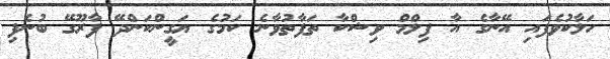
ހަލާކުވެފައި އޭނާގެ އާ ފިލްމް ވިޝްކާ ތަފާތުވާނެ ކަމުގެ ޔަގީންކަންދޭ ފާރޫގޭ ބުނެފި